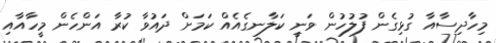
މިހާދިސާއާ ގުޅިގެން ފުލުހުން ވަނީ ކަލާނގެއެއް ކަމަށް ދައުވާ ކުރާ އަންހެން މީހާއާއި